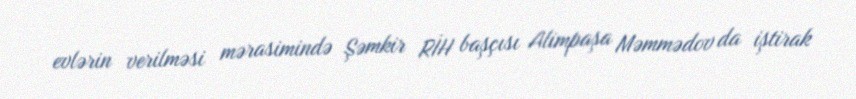
evlərin verilməsi mərasimində Şəmkir RİH başçısı Alimpaşa Məmmədov da iştirak